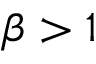
\beta > 1